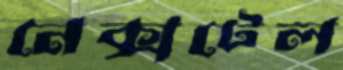
নেক্সটেল